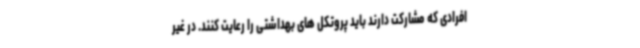
افرادی که مشارکت دارند باید پروتکل های بهداشتی را رعایت کنند. در غیر